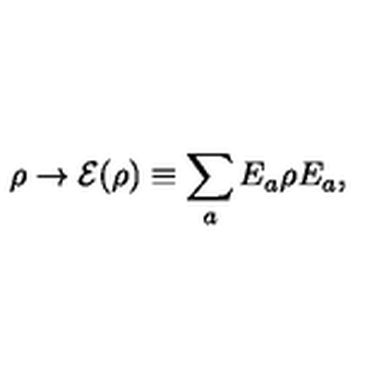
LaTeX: \rho \to { \cal E } ( \rho ) \equiv \sum _ { a } E _ { a } \rho E _ { a } ,